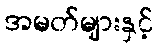
အမတ်များနှင့်